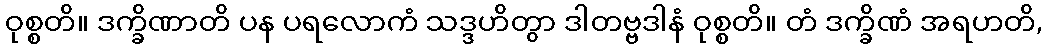
ဝုစ္စတိ။ ဒက္ခိဏာတိ ပန ပရလောကံ သဒ္ဒဟိတွာ ဒါတဗ္ဗဒါနံ ဝုစ္စတိ။ တံ ဒက္ခိဏံ အရဟတိ,